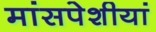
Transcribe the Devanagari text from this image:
मांसपेशीयां